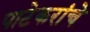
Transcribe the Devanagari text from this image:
पाटेकरांचे